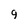
Character: q